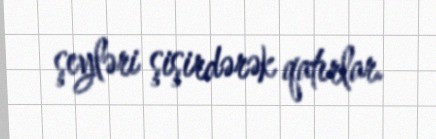
şeyləri şişirdərək qatırlar.